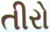
તીરો